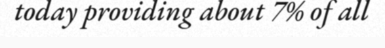
today providing about 7% of all